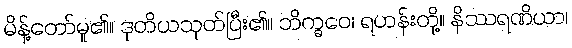
မိန့်တော်မူ၏။ ဒုတိယသုတ်ပြီး၏။ ဘိက္ခဝေ၊ ရဟန်းတို့။ နိဿရဏိယာ၊